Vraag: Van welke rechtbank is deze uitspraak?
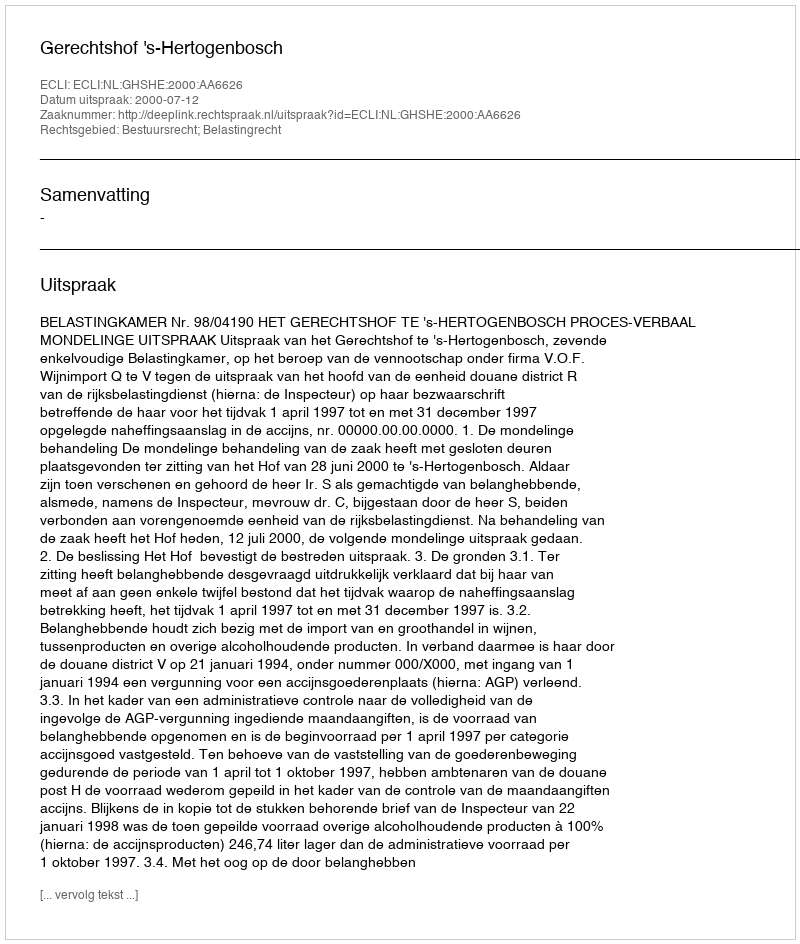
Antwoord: Gerechtshof 's-Hertogenbosch